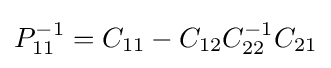
P_{11}^{-1}=C_{11}-C_{12}C_{22}^{-1}C_{21}